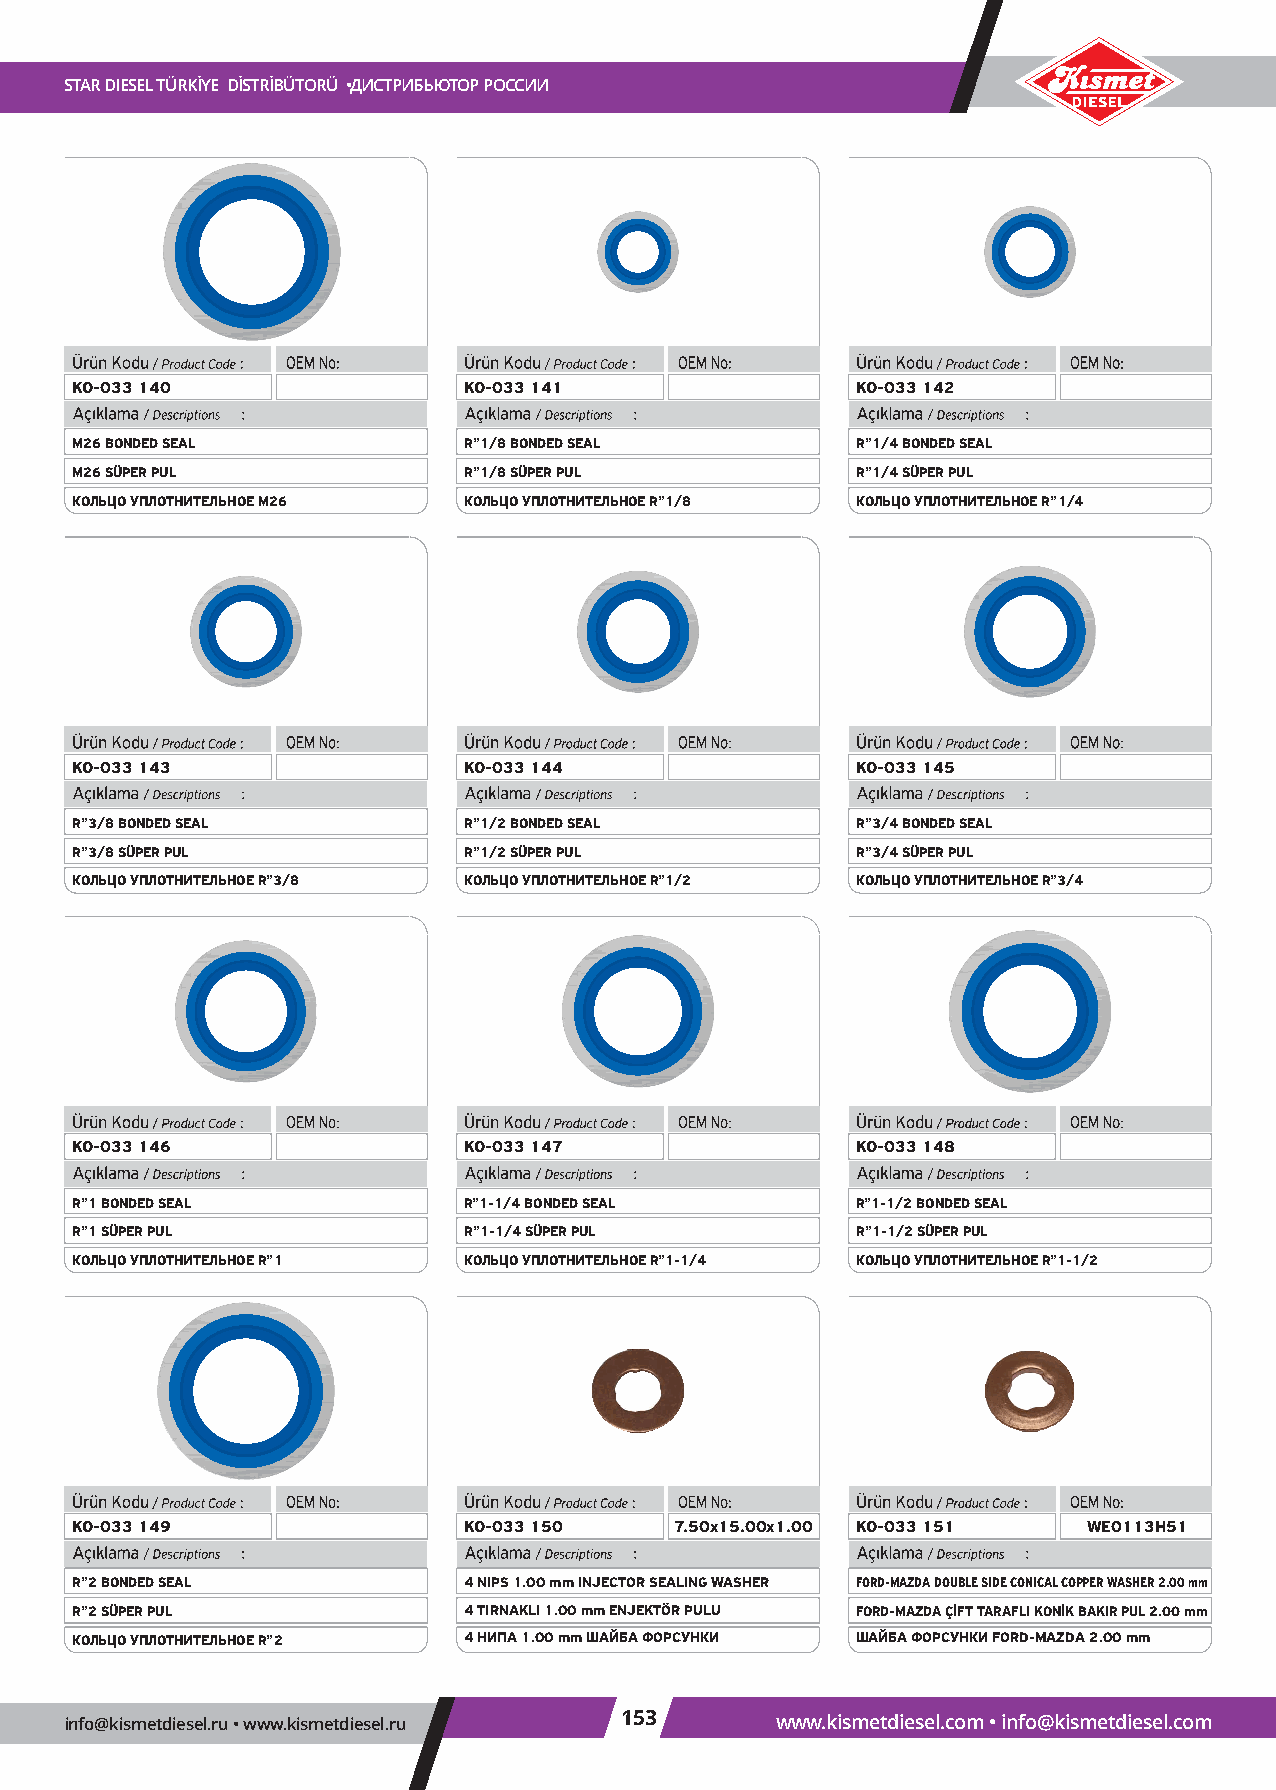
STARDIESELTÜRKİYE DİSTRİBÜTORÜ •ДИСТРИБЬЮТОРРОССИИ
 KO-033140                 KO-033141                 KO-033142
 M26BONDEDSEAL             R”1/8BONDEDSEAL           R”1/4BONDEDSEAL
 M26SÜPERPUL               R”1/8SÜPERPUL             R”1/4SÜPERPUL
 КОЛЬЦОУПЛОТНИТЕЛЬНОЕM26   КОЛЬЦОУПЛОТНИТЕЛЬНОЕR”1/8 КОЛЬЦОУПЛОТНИТЕЛЬНОЕR”1/4
 KO-033143                 KO-033144                 KO-033145
 R”3/8BONDEDSEAL           R”1/2BONDEDSEAL           R”3/4BONDEDSEAL
 R”3/8SÜPERPUL             R”1/2SÜPERPUL             R”3/4SÜPERPUL
 КОЛЬЦОУПЛОТНИТЕЛЬНОЕR”3/8 КОЛЬЦОУПЛОТНИТЕЛЬНОЕR”1/2 КОЛЬЦОУПЛОТНИТЕЛЬНОЕR”3/4
 KO-033146                 KO-033147                 KO-033148
 R”1BONDEDSEAL             R”1-1/4BONDEDSEAL         R”1-1/2BONDEDSEAL
 R”1SÜPERPUL               R”1-1/4SÜPERPUL           R”1-1/2SÜPERPUL
 КОЛЬЦОУПЛОТНИТЕЛЬНОЕR”1   КОЛЬЦОУПЛОТНИТЕЛЬНОЕR”1-1/4 КОЛЬЦОУПЛОТНИТЕЛЬНОЕR”1-1/2
 KO-033149                 KO-033150     7.50x15.00x1.00 KO-033151  WE0113H51
 R”2BONDEDSEAL             4NIPS 1.00 mm INJECTORSEALING WASHER FORD-MAZDA DOUBLE SIDE CONICAL COPPERWASHER2.00 mm
 R”2SÜPERPUL               4TIRNAKLI 1.00 mm ENJEKTÖRPULU FORD-MAZDA ÇİFT TARAFLI KONİK BAKIRPUL2.00 mm
 КОЛЬЦОУПЛОТНИТЕЛЬНОЕR”2   4НИПА1.00 mmШАЙБАФОРСУНКИ ШАЙБАФОРСУНКИFORD-MAZDA2.00 mm
 info@kismetdiesel.ru•www.kismetdiesel.ru 153   www.kismetdiesel.com•info@kismetdiesel.com